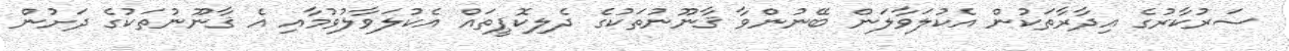
ސަރުކާރުގެ އިދާރާތަކުން އެކުލަވާލަން ބޭނުންވާ ޤާނޫނުތަކުގެ ދެލިކޮޕީތައް އެކުލަވާލުވުމާއި އެ ޤާނޫނުތަކުގެ ދަށުން